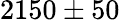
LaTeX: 2150\pm 50